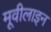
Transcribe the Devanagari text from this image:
मूवीलाइन